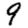
Digit: 9